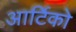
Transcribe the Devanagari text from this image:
आर्टिको